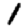
Digit: 1